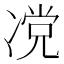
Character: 𰄆